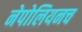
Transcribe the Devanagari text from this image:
नेपोलियनच